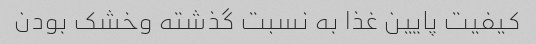
کیفیت پایین غذا به نسبت گذشته وخشک بودن